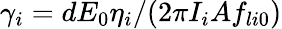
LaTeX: \gamma_{i}=dE_{0}\eta_{i}/(2\pi I_{i}Af_{li0})